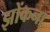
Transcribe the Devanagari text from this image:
झोंकना